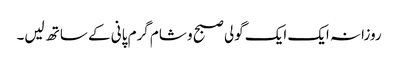
روزانہ ایک ایک گولی صبح و شام گرم پانی کے ساتھ لیں۔